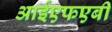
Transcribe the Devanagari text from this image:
आईएफएबी